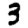
Digit: 3